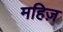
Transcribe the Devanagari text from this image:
महिज़